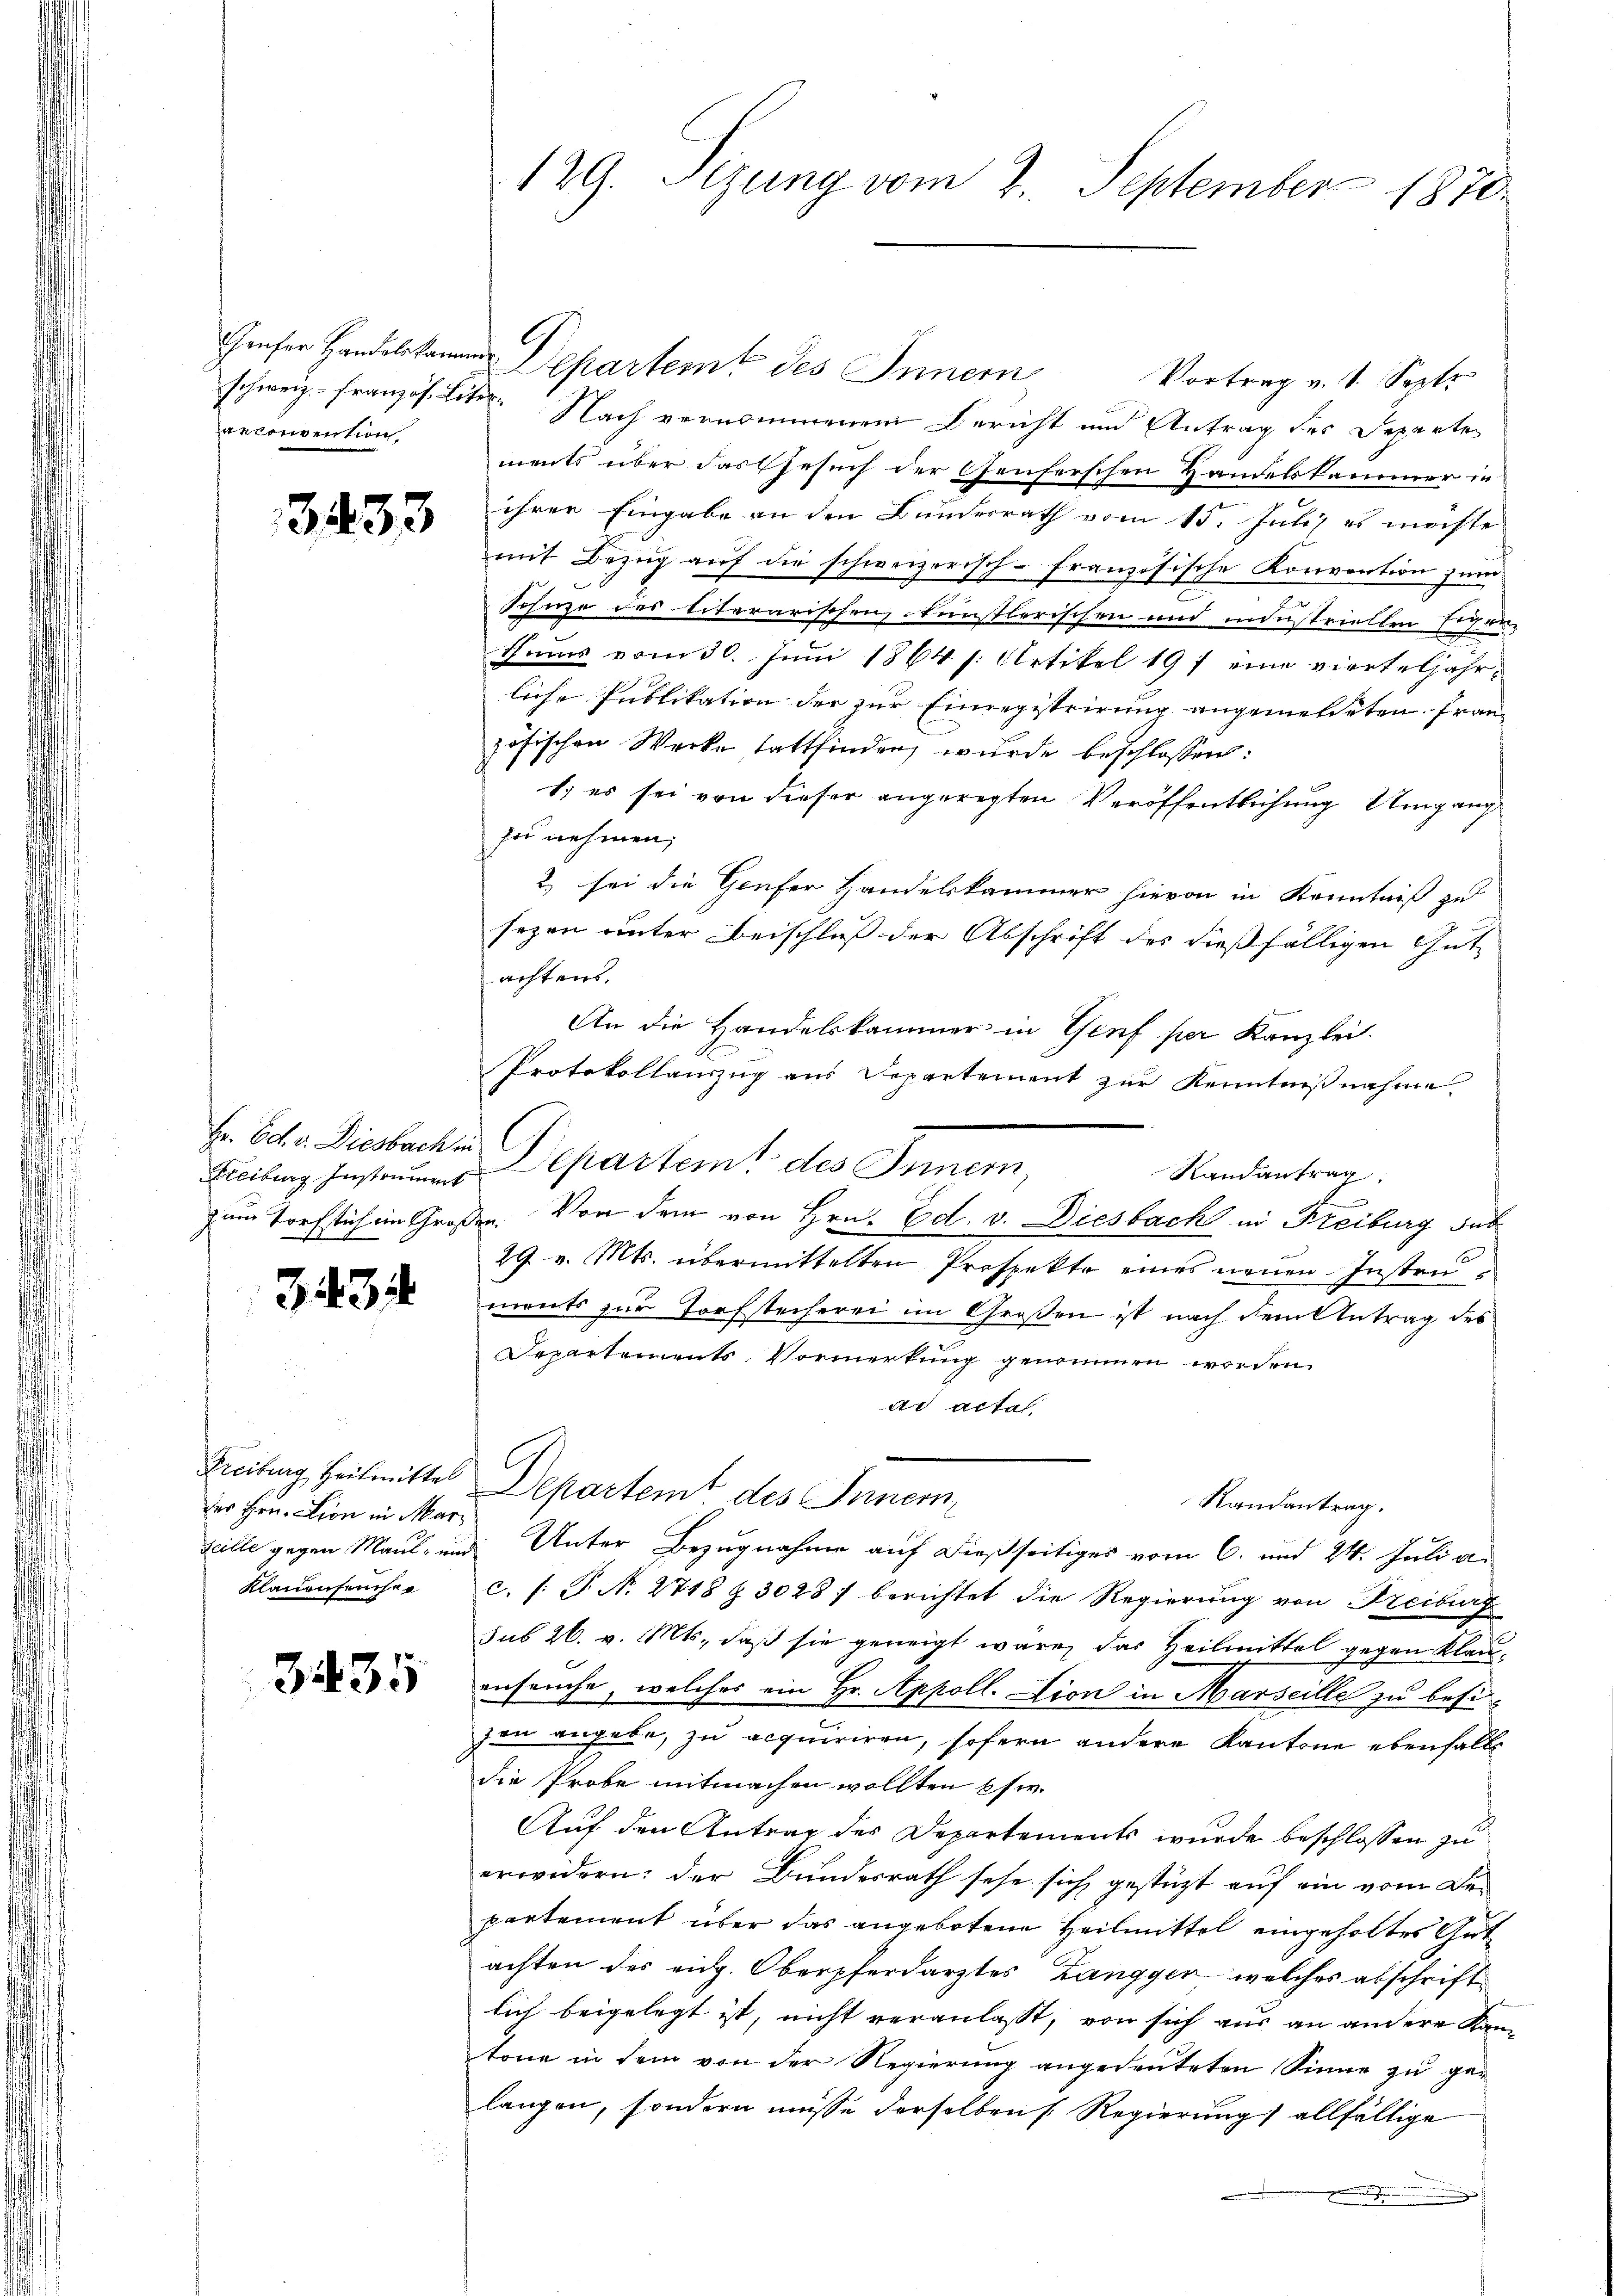
anconvention

3433

I Art. Diensteren

343

des Hrn. Lion in Mar¬
Klainenseuche

3435

129. Sezung vom 2. September 1870.

Graser Handelskammes Departemt des Innern
Vortrag v. 1. Sept
schweiz. Französ. liter. Nach vernommenen Bericht und Antrag des Departe
ments über das Gesuch der Genferschen Handelskammer in
ihrer Eingabe an den Bundesrath vom 15. Juli, es möchte
mit Bezŭg aŭf die schweizerisch-Französische Konvention zum
Schuze des literarischen, künstlerischen und industriellen Eigen-
thums vom 30. Juni 1864 s. Artikel 197 eine vierteljährliche Publikation der zur Einregistrirung angemeldeten. Frau
zösischen Werke stattfinden, wurde beschlossen:
1. es sei von dieser angeregten Veröffentlichung Umgang
fo nehmen,
2) sei die Genfer Handelskammer hievon in Kenntniß zu
sezen unter Beischluß der Abschrift des dießfälligen Gutachtens.
An die Handelskammer in Genf per Kanzlei.
Protokollauszug aus Departement zur Kenntnißnahme.
Freibung Instrumms Departeit des Innern,
Randantrag
zum Torfstich im Großen. Von dem von Hrn. Ed. v. Diesbach in Freiburg sub
29 v. Mts. übermittelten Prospekte eines neuen Insten
ments zur Torfstecherei im Großen ist nach dem Antrag des
Departements Vormerkung genommen worden.
dr actal.
Freitung Heilmittel Departemt des Innern
Randantrag.
seille gegen Maul- und Unter Bezugnahme auf dießseitiges vom 6. und 24. Juli a.
c. (T. N. 2718 § 3028 / berichtet die Regierung von Freiburg
sub 26. v. Mts., daß sie geneigt wäre, das Heilmittel gegen Klauenseuche, welches ein Hr. Appoll. Lion in Marseille zu besizen angebe, zu acquiriren, sofern andere Kantone ebenfalls
die Probe mitmachen wollten bsw.
Auf den Antrag des Departements wurde beschlossen zu
erwidern: der Bundesrath sehe sich gestüzt auf ein vom Departement über das angebotene Heilmittel eingeholtes Gut
achten des eidg. Oberpferdarztes Zangger, welches abschriftlich beigelegt ist, nicht veranlasst, von sich aus an andere Kantone in dem von der Regierung angedeuteten Sinne zu gelangen, sondern müsse derselben Regierung allfällige
e